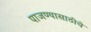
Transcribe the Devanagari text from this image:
पाजण्यासाठीचे